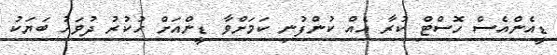
ޑީއެންއެސް ހޮސްޓް ކުރާ އެއް ކުންފުނި ކަމަށްވާ ޑީންއަށް ހުކުރު ދުވަހު ބަޔަކު